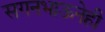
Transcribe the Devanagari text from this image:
सगनभाऊनेही